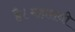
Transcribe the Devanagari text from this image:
है।महारानी